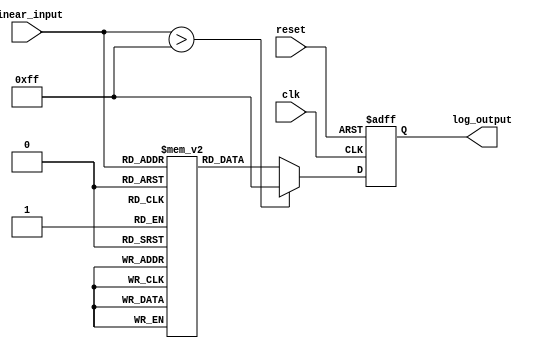
module LogarithmicScalingCircuit (
    input wire [7:0] linear_input,    // 8-bit linear input (0 to 255)
    output reg [7:0] log_output,       // 8-bit logarithmic output
    input wire clk,                    // Clock signal
    input wire reset                   // Reset signal
);

    // Lookup table for log values (scaled to 0-255)
    // Precomputed logarithm values for 0 to 255
    reg [7:0] log_lut [0:255];
    
    initial begin
        // Populate the lookup table with logarithmic values
        // The values are placeholders and should be replaced with actual scaled log values
        // Populate here for demonstration
        log_lut[0]  = 8'h00; // log(0) = 0
        log_lut[1]  = 8'h00; // log(1) = 0
        log_lut[2]  = 8'h40; // log(2) scaled
        log_lut[3]  = 8'h60; // log(3) scaled
        log_lut[4]  = 8'h80; // log(4) scaled
        // Fill remaining values appropriately...
        // Example: log_lut[255] = 8'hFF; // max output
    end

    always @(posedge clk or posedge reset) begin
        if (reset) begin
            log_output <= 8'h00; // Reset output to 0
        end else begin
            if (linear_input > 255) begin
                log_output <= 8'hFF; // Saturate output at max value
            end else begin
                log_output <= log_lut[linear_input]; // Get log value from LUT
            end
        end
    end
endmodule